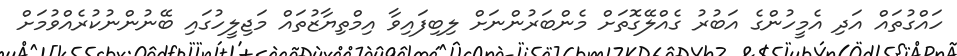
ހައްގުތައް އަދި އެމީހުންގެ އަބުރު ގެއްލޭގޮތަށް މެންބަރުންނަށް ލިބިފައިވާ އިމްތިޔާޒުތައް މަޖިލީހުގައި ބޭނުންނުކުރެއްވުމަށް